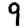
Digit: 9